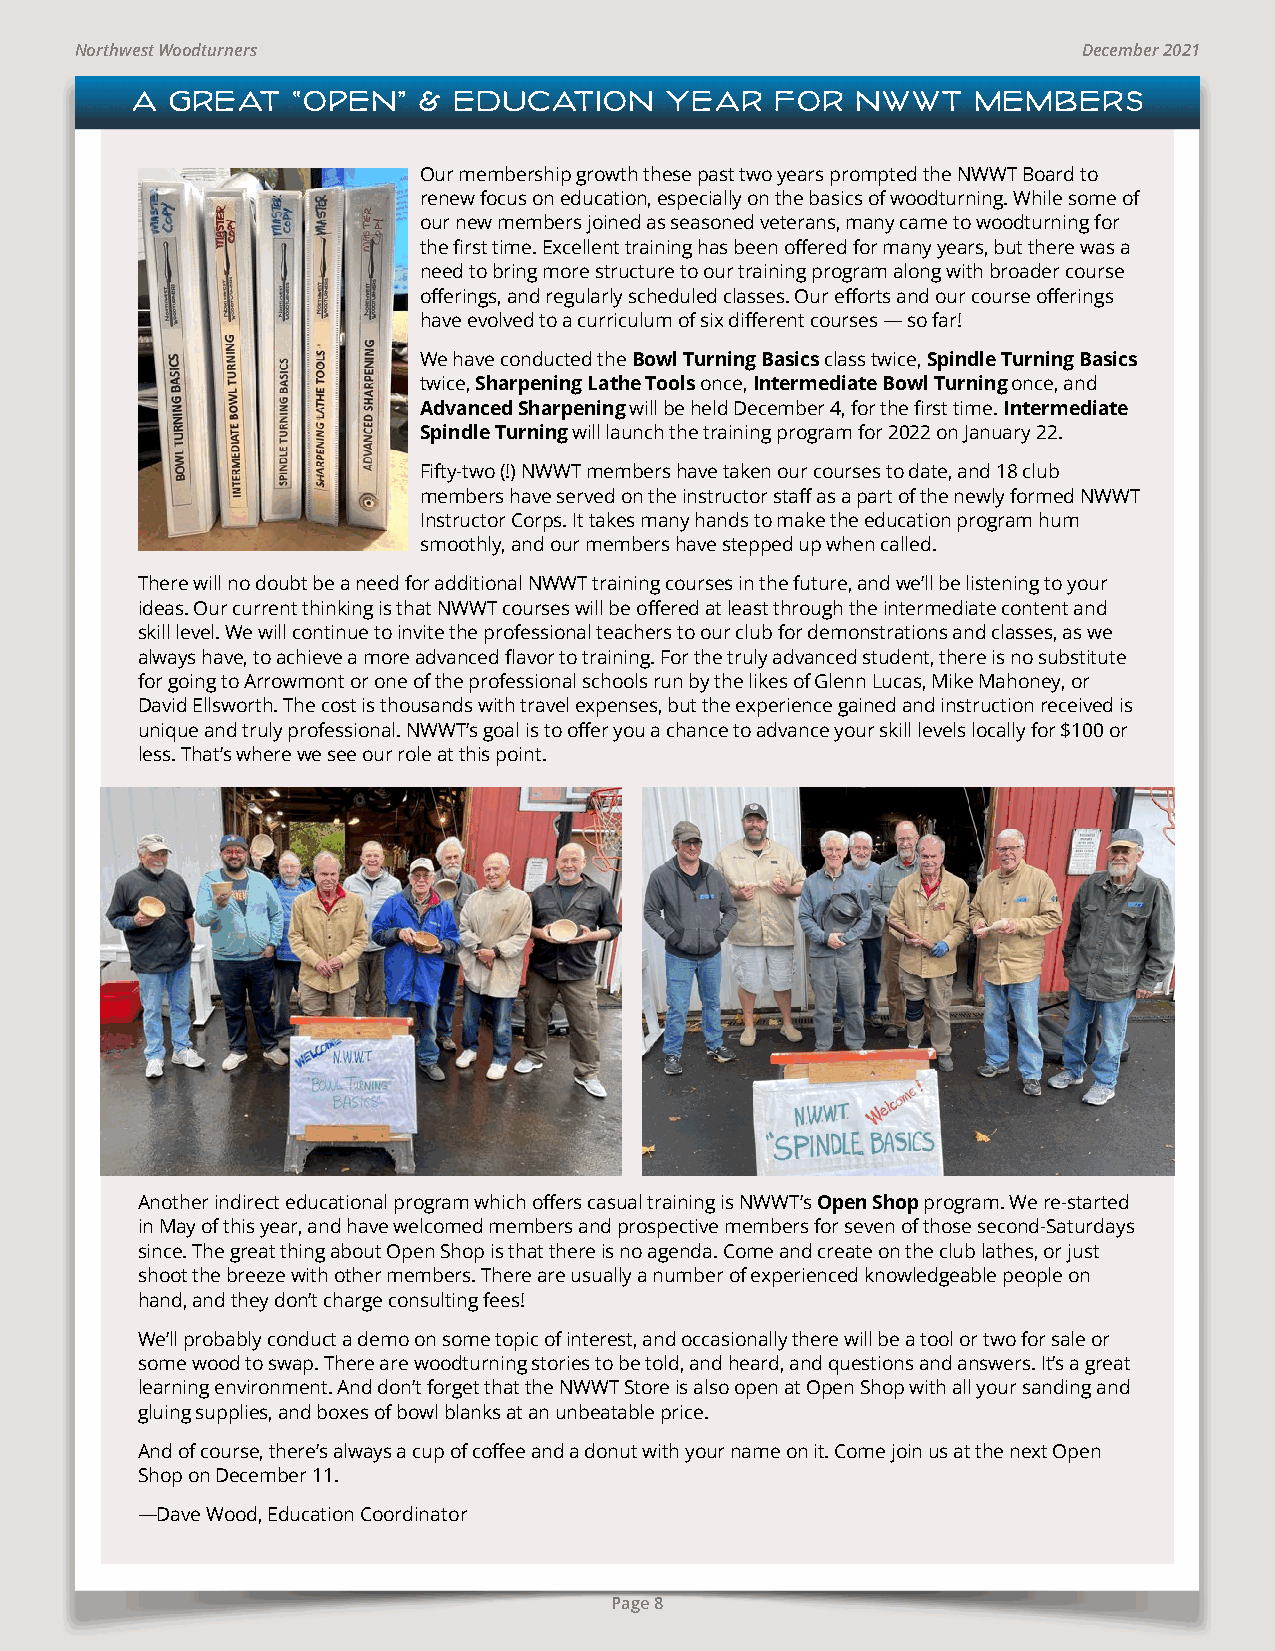
Northwest Woodturners                                              December 2021
 A GREAT   “OPEN”   & EDUCATION     YEAR   FOR   NWWT    MEMBERS
 Our membership growth these past two years prompted the NWWT Board to
 renew focus on education, especially on the basics of woodturning. While some of
 our new members joined as seasoned veterans, many came to woodturning for
 the first time. Excellent training has been offered for many years, but there was a
 need to bring more structure to our training program along with broader course
 offerings, and regularly scheduled classes. Our efforts and our course offerings
 have evolved to a curriculum of six different courses — so far!
 We have conducted the Bowl Turning Basics class twice, Spindle Turning Basics
 twice, Sharpening Lathe Tools once, Intermediate Bowl Turning once, and
 Advanced Sharpening will be held December 4, for the first time. Intermediate
 Spindle Turning will launch the training program for 2022 on January 22.
 Fifty-two (!) NWWT members have taken our courses to date, and 18 club
 members have served on the instructor staff as a part of the newly formed NWWT
 Instructor Corps. It takes many hands to make the education program hum
 smoothly, and our members have stepped up when called.
 There will no doubt be a need for additional NWWT training courses in the future, and we’ll be listening to your
 ideas. Our current thinking is that NWWT courses will be offered at least through the intermediate content and
 skill level. We will continue to invite the professional teachers to our club for demonstrations and classes, as we
 always have, to achieve a more advanced flavor to training. For the truly advanced student, there is no substitute
 for going to Arrowmont or one of the professional schools run by the likes of Glenn Lucas, Mike Mahoney, or
 David Ellsworth. The cost is thousands with travel expenses, but the experience gained and instruction received is
 unique and truly professional. NWWT’s goal is to offer you a chance to advance your skill levels locally for $100 or
 less. That’s where we see our role at this point.
 Another indirect educational program which offers casual training is NWWT’s Open Shop program. We re-started
 in May of this year, and have welcomed members and prospective members for seven of those second-Saturdays
 since. The great thing about Open Shop is that there is no agenda. Come and create on the club lathes, or just
 shoot the breeze with other members. There are usually a number of experienced knowledgeable people on
 hand, and they don’t charge consulting fees!
 We’ll probably conduct a demo on some topic of interest, and occasionally there will be a tool or two for sale or
 some wood to swap. There are woodturning stories to be told, and heard, and questions and answers. It’s a great
 learning environment. And don’t forget that the NWWT Store is also open at Open Shop with all your sanding and
 gluing supplies, and boxes of bowl blanks at an unbeatable price.
 And of course, there’s always a cup of coffee and a donut with your name on it. Come join us at the next Open
 Shop on December 11.
 —Dave Wood, Education Coordinator
 Page 8